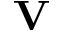
\mathbf { V }